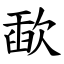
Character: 歃